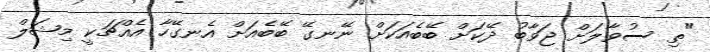
"ތި ސުވާލަށް ޖަވާބު ދޭކަށް ބޭބެއަކަށް ނޭނގޭ ބޭބެއަށް އެނގޭހާ އެއްޗަކީ މިޝަލް